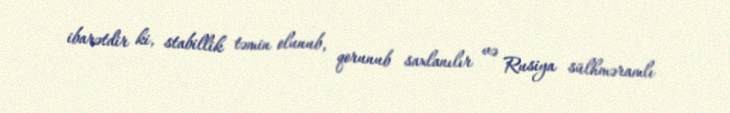
ibarətdir ki, stabillik təmin olunub, qorunub saxlanılır və Rusiya sülhməramlı